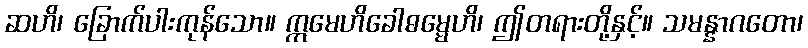
ဆဟိ၊ ခြောက်ပါးကုန်သော။ ဣမေဟိခေါဓမ္မေဟိ၊ ဤတရားတို့နှင့်။ သမန္နာဂတော၊